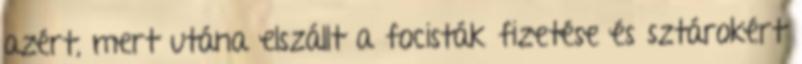
azért, mert utána elszállt a focisták fizetése és sztárokért